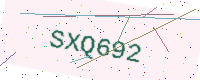
Text: SXQ692